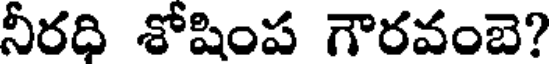
నీరధి శోషింప గౌరవంబె?